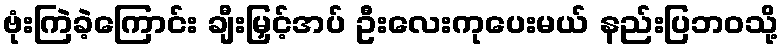
ဗုံးကြဲခဲ့ကြောင်း ချီးမြှင့်အပ် ဦးလေးကုပေးမယ် နည်းပြဘဝသို့